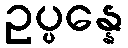
ဥပ္ပန္နေ